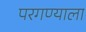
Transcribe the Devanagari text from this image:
परगण्याला